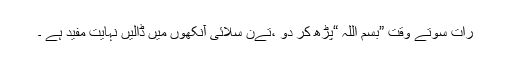
رات سوتے وقت ”بسم اللہ “پڑھ کر دو ،تےن سلائی آنکھوں میں ڈالیں نہایت مفید ہے ۔